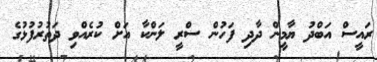
ރައީސް އަބްދު ޔާމީން ދާދި ފަހުން ސްރީ ލަންކާ އަށް ކުރެއްވި ދަތުރުފުޅުގެ